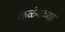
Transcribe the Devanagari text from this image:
कळंबच्या